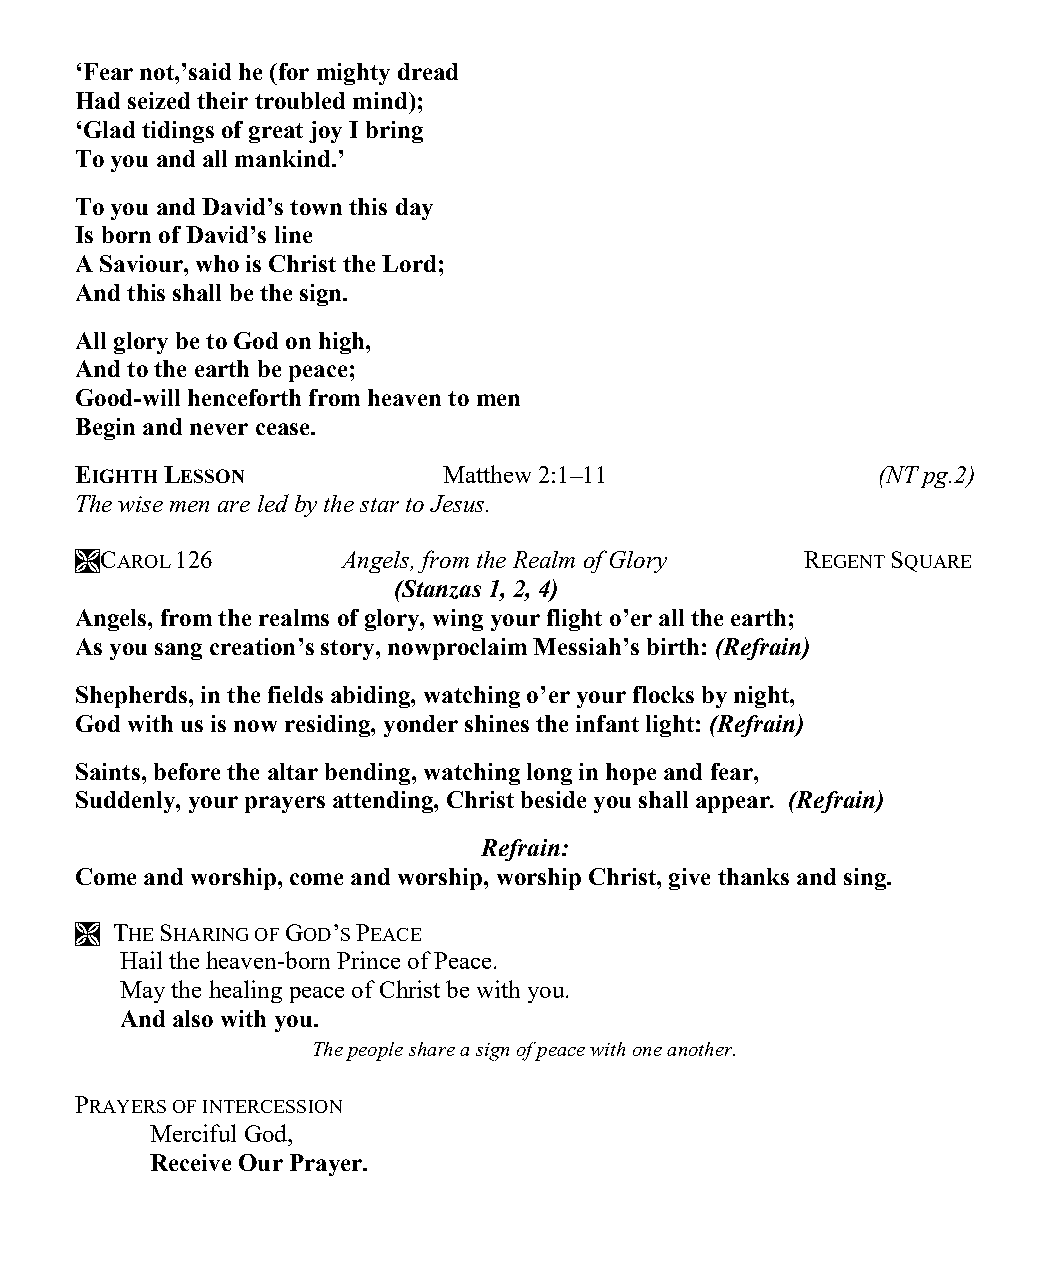
‘Fear not,’said he (for mighty dread
 Had seized their troubled mind);
 ‘Glad tidings of great joy I bring
 To you and all mankind.’
 To you and David’s town this day
 Is born of David’s line
 A Saviour, who is Christ the Lord;
 And this shall be the sign.
 All glory be to God on high,
 And to the earth be peace;
 Good-will henceforth from heaven to men
 Begin and never cease.
 EIGHTH LESSON           Matthew 2:1–11               (NT pg.2)
 The wise men are led by the star to Jesus.
 CAROL 126        Angels, from the Realm of Glory REGENT SQUARE
 (Stanzas 1, 2, 4)
 Angels, from the realms of glory, wing your flight o’er all the earth;
 As you sang creation’s story, nowproclaim Messiah’s birth: (Refrain)
 Shepherds, in the fields abiding, watching o’er your flocks by night,
 God with us is now residing, yonder shines the infant light: (Refrain)
 Saints, before the altar bending, watching long in hope and fear,
 Suddenly, your prayers attending, Christ beside you shall appear. (Refrain)
 Refrain:
 Come and worship, come and worship, worship Christ, give thanks and sing.
  THE SHARING OF GOD’S PEACE
 Hail the heaven-born Prince of Peace.
 May the healing peace of Christ be with you.
 And also with you.
 The people share a sign of peace with one another.
 PRAYERS OF INTERCESSION
 Merciful God,
 Receive Our Prayer.